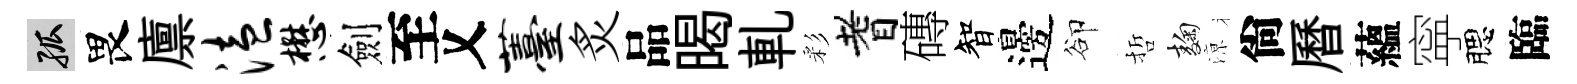
孤畏廪溘懋劍至乂薹炙品暍軋彩耆磚智邊卻哲麹鿌尙曆蘊寜腮臨